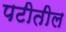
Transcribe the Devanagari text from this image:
पटीतील